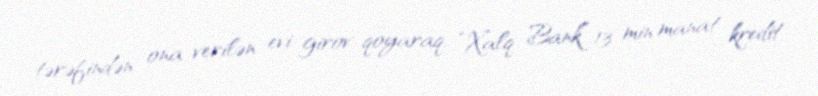
tərəfindən ona verilən evi girov qoyaraq, “Xalq Bank” 13 min manat kredit